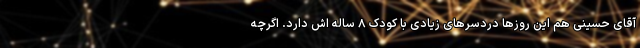
آقای حسینی هم این روزها دردسرهای زیادی با کودک ۸ ساله اش دارد. اگرچه